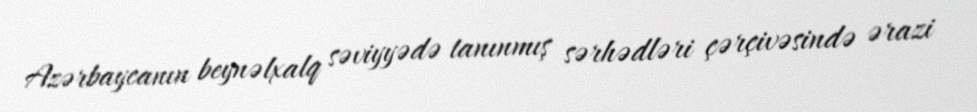
Azərbaycanın beynəlxalq səviyyədə tanınmış sərhədləri çərçivəsində ərazi